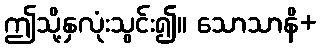
ဤသို့နှလုံးသွင်း၍။ သောသာနိ+